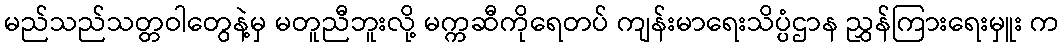
မည်သည်သတ္တဝါတွေနဲ့မှ မတူညီဘူးလို့ မက္ကဆီကိုရေတပ် ကျန်းမာရေးသိပ္ပံဌာန ညွှန်ကြားရေးမှူး က